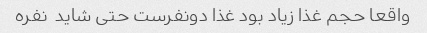
واقعا حجم غذا زیاد بود غذا دونفرست حتی شاید  نفره